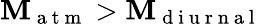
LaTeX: \mathbf{M}_{\mathrm{{~a~t~m~}}}>\mathbf{M}_{\mathrm{{~d~i~u~r~n~a~l~}}}